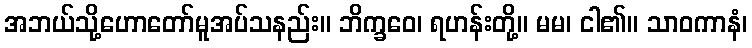
အဘယ်သို့ဟောတော်မူအပ်သနည်း။ ဘိက္ခဝေ၊ ရဟန်းတို့။ မမ၊ ငါ၏။ သာဝကာနံ၊